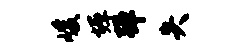
峻墀弹失